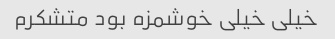
خیلی خیلی خوشمزه بود متشکرم